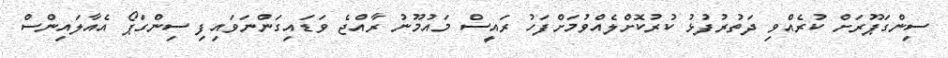
ސިންގަޕޫރަށް ކުރެއްވި ދަތުރުފުޅު ކުރުކޮށްލެއްވުމަށްފަހު ރައީސް މައުމޫނު ރާއްޖެ ވަޑައިގަންނަވައިފި ސިންގަޕޯ އެއާލައިންސް